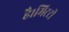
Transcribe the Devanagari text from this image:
है।मिटटी